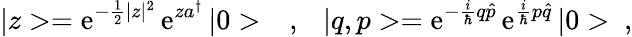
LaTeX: |z>=\mathrm{e}^{-\frac{{1}}{{2}}|z|^{2}}\, \mathrm{e}^{za^{\dagger}}\, |0>\ \ \ ,\ \ \ |q,p>=\mathrm{e}^{-\frac{{i}}{{\hbar}}q\hat{{p}}}\, \mathrm{e}^{\frac{{i}}{{\hbar}}p\hat{{q}}}\, |0>\ ,